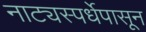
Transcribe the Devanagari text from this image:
नाट्यस्पर्धेपासून